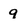
Character: 9